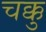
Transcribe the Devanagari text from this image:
चक्कु